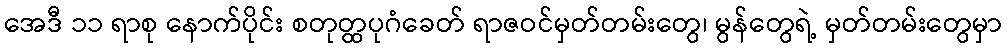
အေဒီ ၁၁ ရာစု နောက်ပိုင်း စတုတ္ထပုဂံခေတ် ရာဇဝင်မှတ်တမ်းတွေ၊ မွန်တွေရဲ့ မှတ်တမ်းတွေမှာ